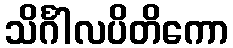
သိင်္ဂါလပိတိကော